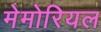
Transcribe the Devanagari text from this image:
मेमोरियल